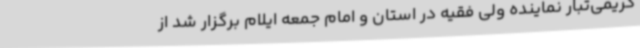
کریمی‌تبار نماینده ولی فقیه در استان و امام جمعه ایلام برگزار شد از